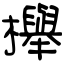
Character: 櫸